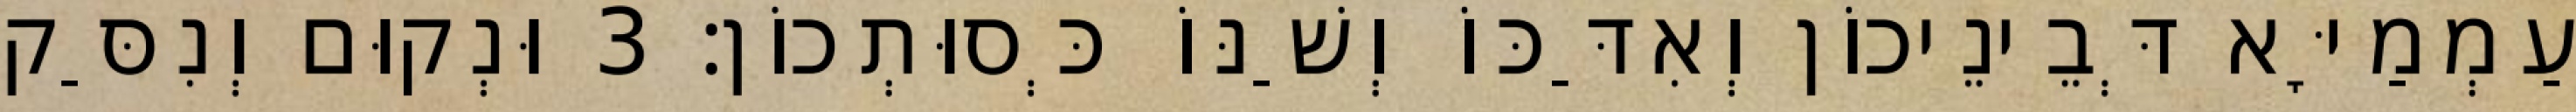
עַמְמַיָּא דְּבֵינֵיכוֹן וְאִדַּכּוֹ וְשַׁנּוֹ כְּסוּתְכוֹן׃ 3 וּנְקוּם וְנִסַּק